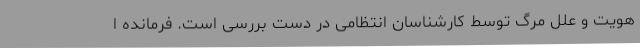
هویت و علل مرگ توسط کارشناسان انتظامی در دست بررسی است. فرمانده ا